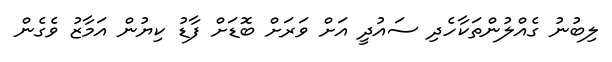
ލިބުނު ގެއްލުންތަކާހެދި ސައުދީ އަށް ވަރަށް ބޮޑަށް ފާޑު ކިޔުން އަމާޒު ވެގެން